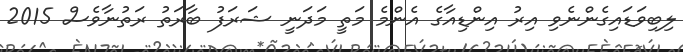
ލިބިވަޑައިގެންނެވި އިރު އިންޑިއާގެ އެންމެ މަތީ މަދަނީ ޝަރަފު ބާރަތު ރަތުނާވެސް 2015